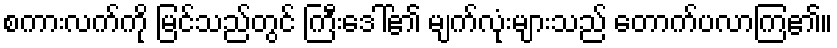
စကားလက်ကို မြင်သည်တွင် ကြီးဒေါ်၏ မျက်လုံးများသည် တောက်ပလာကြ၏။